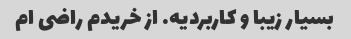
بسیار زیبا و کاربردیه. از خریدم راضی ام